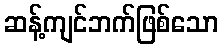
ဆန့်ကျင်ဘက်ဖြစ်သော